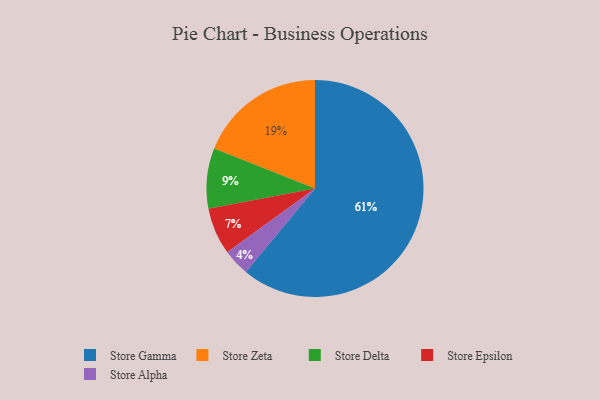
{"axis": {"x": "Category", "y": "Percentage"}, "legend": ["Store Alpha", "Store Delta", "Store Epsilon", "Store Gamma", "Store Zeta"], "data": [{"x": "Store Gamma", "y": 61, "type": "Store Gamma"}, {"x": "Store Delta", "y": 9, "type": "Store Delta"}, {"x": "Store Epsilon", "y": 7, "type": "Store Epsilon"}, {"x": "Store Alpha", "y": 4, "type": "Store Alpha"}, {"x": "Store Zeta", "y": 19, "type": "Store Zeta"}]}